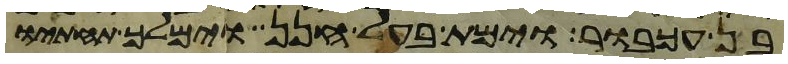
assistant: בן עכבור וימת בעל חנן וימלך תחתיו